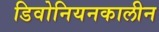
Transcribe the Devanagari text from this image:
डिवोनियनकालीन